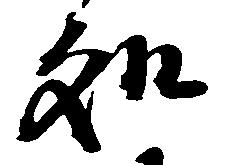
処